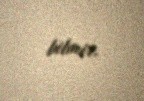
bilmir.